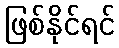
ဖြစ်နိုင်ရင်